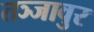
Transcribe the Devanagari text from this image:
तञ्जावुर